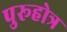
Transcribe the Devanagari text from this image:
पुरूहोत्र